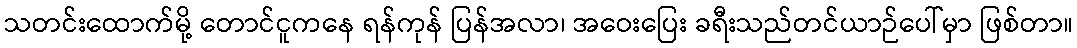
သတင်းထောက်မို့ တောင်ငူကနေ ရန်ကုန် ပြန်အလာ၊ အဝေးပြေး ခရီးသည်တင်ယာဉ်ပေါ်မှာ ဖြစ်တာ။